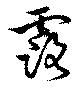
露